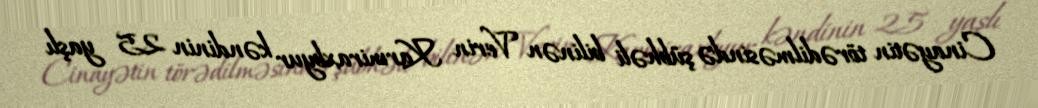
Cinayətin törədilməsində şübhəli bilinən Verin Karmiraxbyur kəndinin 25 yaşlı